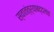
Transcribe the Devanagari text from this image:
स्वातंत्र्याबद्दलचा